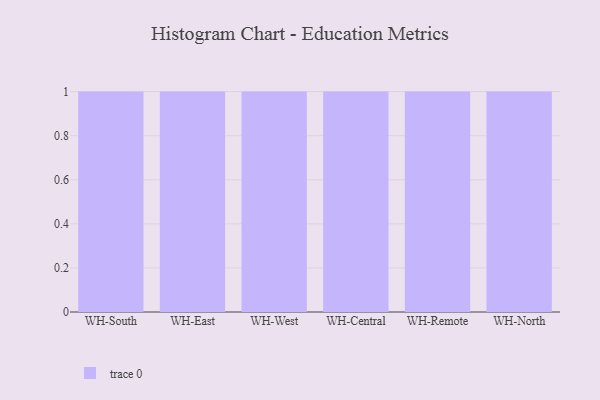
{"axis": {"x": "Warehouse", "y": "LTV (USD)"}, "legend": [""], "data": [{"x": "WH-South", "y": 97, "type": ""}, {"x": "WH-East", "y": 13, "type": ""}, {"x": "WH-West", "y": 24, "type": ""}, {"x": "WH-Central", "y": 94, "type": ""}, {"x": "WH-Remote", "y": 53, "type": ""}, {"x": "WH-North", "y": 22, "type": ""}]}